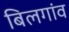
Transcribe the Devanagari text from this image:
बिलगांव